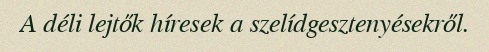
A déli lejtők híresek a szelídgesztenyésekről.